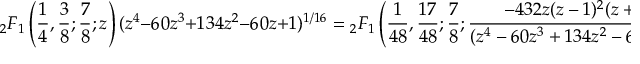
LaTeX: { } _ { 2 } F _ { 1 } \left( { \frac { 1 } { 4 } } , { \frac { 3 } { 8 } } ; { \frac { 7 } { 8 } } ; z \right) ( z ^ { 4 } - 6 0 z ^ { 3 } + 1 3 4 z ^ { 2 } - 6 0 z + 1 ) ^ { 1 / 1 6 } = { } _ { 2 } F _ { 1 } \left( { \frac { 1 } { 4 8 } } , { \frac { 1 7 } { 4 8 } } ; { \frac { 7 } { 8 } } ; { \frac { - 4 3 2 z ( z - 1 ) ^ { 2 } ( z + 1 ) ^ { 8 } } { ( z ^ { 4 } - 6 0 z ^ { 3 } + 1 3 4 z ^ { 2 } - 6 0 z + 1 ) ^ { 3 } } } \right) .